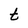
Character: t